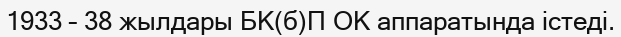
1933 – 38 жылдары БК(б)П ОК аппаратында істеді.